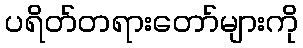
ပရိတ်တရားတော်များကို